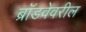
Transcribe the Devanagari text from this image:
ब्रॉडवेवरील